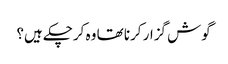
گوش گزار کرنا تھا وہ کرچکے ہیں؟